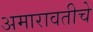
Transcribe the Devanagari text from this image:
अमारावतीचे